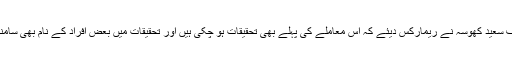
جسٹس آصف سعید کھوسہ نے ریمارکس دیئے کہ اس معاملے کی پہلے بھی تحقیقات ہو چکی ہیں اور تحقیقات میں بعض افراد کے نام بھی سامنے آئے ہیں۔